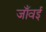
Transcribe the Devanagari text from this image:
जाँवई